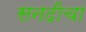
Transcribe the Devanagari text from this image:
सनदीचा